Report of the Bombay Plague Committee
Disease focus: Plague
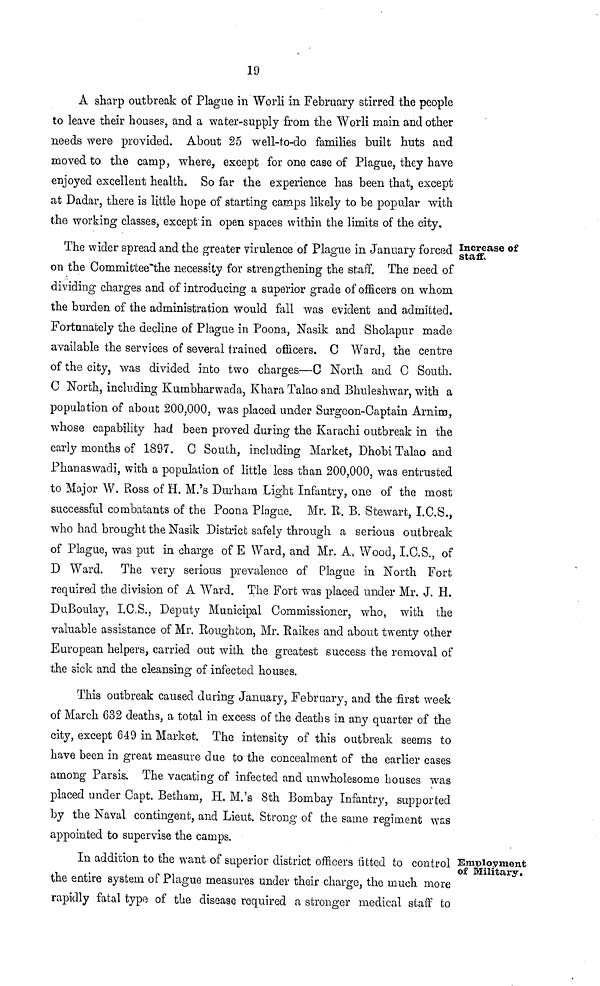
19
A sharp outbreak of Plague in Worli in February stirred the people
to leave their houses, and a water-supply from the Worli main and other
needs were provided. About 25 well-to-do families built huts and
moved to the camp, where, except for one case of Plague, they have
enjoyed excellent health. So far the experience has been that, except
at Dadar, there is little hope of starting camps likely to be popular with
the working classes, except in open spaces within the limits of the city.
Increase of
staff.
The wider spread and the greater virulence of Plague in January forced
on the Committee"the necessity for strengthening the staff. The need of
dividing charges and of introducing a superior grade of officers on whom
the burden of the administration would fall was evident and admitted.
Fortunately the decline of Plague in Poona, Nasik and Sholapur made
available the services of several trained officers. C Ward, the centre
of the city, was divided into two charges—C North and C South.
C North, including Kumbharwada, Khara Talao and Bhuleshwar, with a
population of about 200,000, was placed under Surgeon-Captain Arnim,
whose capability had been proved during the Karachi outbreak in the
early months of 1897. C South, including Market, Dhobi Talao and
Phanaswadi, with a population of little less than 200,000, was entrusted
to Major W. Ross of H. M.'s Durham Light Infantry, one of the most
successful combatants of the Poona Plague. Mr. R. B. Stewart, I.C.S.,
who had brought the Nasik District safely through a serious outbreak
of Plague, was put in charge of E Ward, and Mr. A, Wood, I.C.S., of
D Ward. The very serious prevalence of Plague in North Fort
required the division of A A Ward. The Fort was placed under Mr. J. H.
DuBoulay, I.C.S., Deputy Municipal Commissioner, who, with the
valuable assistance of Mr. Roughton, Mr. Raikes and about twenty other
European helpers, carried out with the greatest success the removal of
the sick and the cleansing of infected houses.
This outbreak caused during January, February, and the first week
of March 632 deaths, a total in excess of the deaths in any quarter of the
city, except 649 in Market. The intensity of this outbreak seems to
have been in great measure due to the concealment of the earlier cases
among Parsis. The vacating of infected and unwholesome houses was
placed under Capt. Betham, H. M.'s 8th Bombay Infantry, supported
by the Naval contingent, and Lieut. Strong of the same regiment was
appointed to supervise the camps.
Employment
of Military,
In addition to the want of superior district officers fitted to control
the entire system of Plague measures under their charge, the much more
rapidly fatal type of the disease required a stronger medical staff to